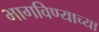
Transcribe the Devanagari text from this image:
भागविण्याच्या